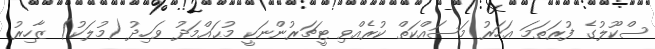
ސްކޫލުގެ ފުރަތަމަ އަހަރު މަސައްކަތް ކުރެއްވި ޓީޗަރުންނަކީ މުޙައްމަދު ވަހިދު (މުލަކު) ޒާހިރު